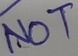
Text: NOT